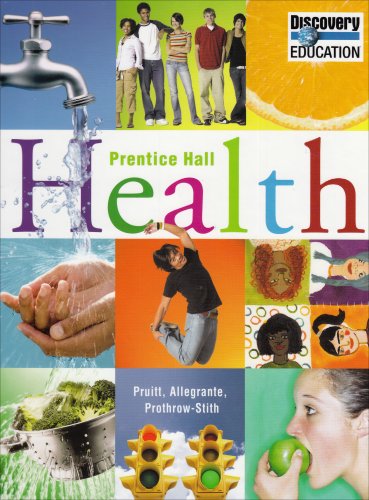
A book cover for Health, Student Edition; PRENTICE HALL; Teen & Young Adult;